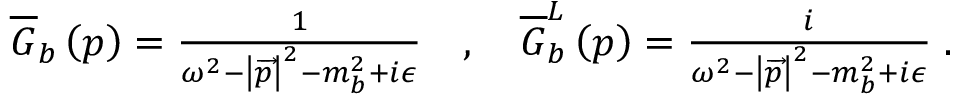
\begin{array} { r } { \overline { { G } } _ { b } \left( p \right) = \frac { 1 } { \omega ^ { 2 } - \left\vert \overrightarrow { p } \right\vert ^ { 2 } - m _ { b } ^ { 2 } + i \epsilon } \quad , \quad \overline { { G } } _ { b } ^ { L } \left( p \right) = \frac { i } { \omega ^ { 2 } - \left\vert \overrightarrow { p } \right\vert ^ { 2 } - m _ { b } ^ { 2 } + i \epsilon } \; . } \end{array}